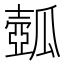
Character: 𤬗